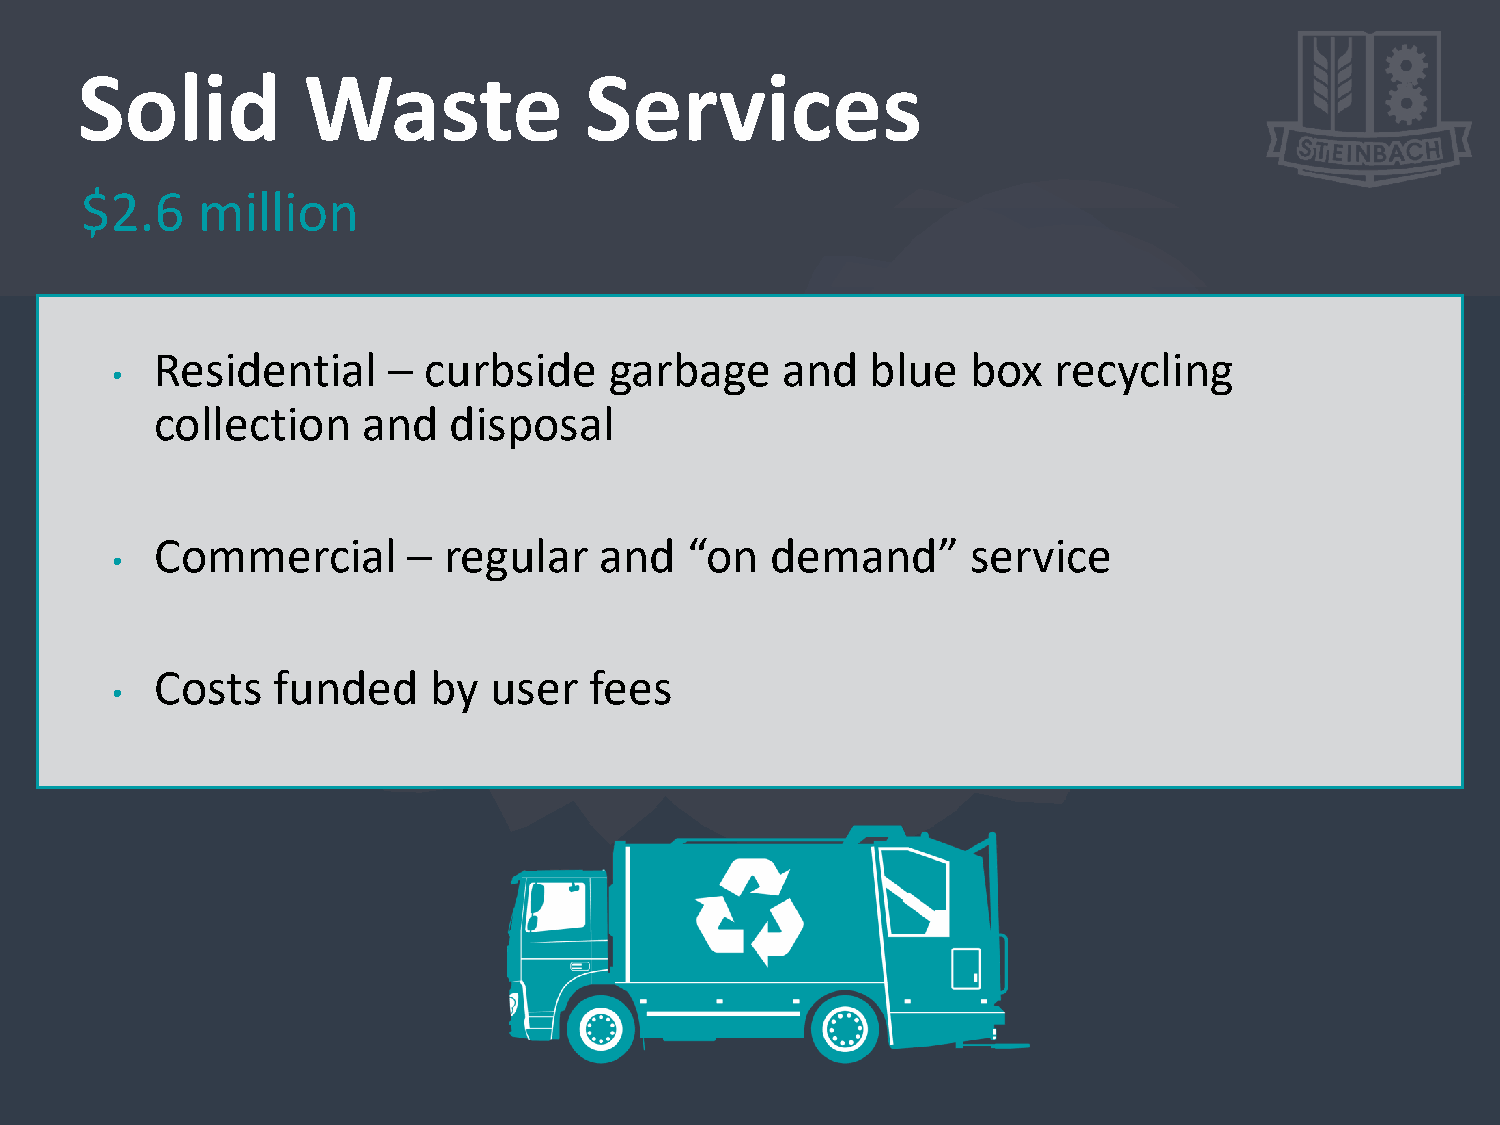
Solid          Waste              Services
 $2.6    million
 Residential     – curbside    garbage     and   blue  box   recycling
 •
 collection    and   disposal
 Commercial       – regular    and  “on   demand”      service
 •
 Costs   funded    by  user   fees
 •